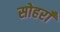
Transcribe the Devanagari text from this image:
सोहराँ